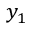
y _ { 1 }